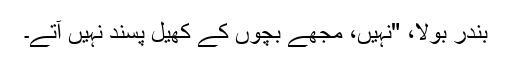
بندر بولا، "نہیں، مجھے بچوں کے کھیل پسند نہیں آتے۔